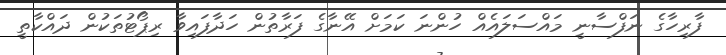
ފާރިހާގެ ނަފްސާނީ މައްސަލައެއް ހުންނަ ކަމަށް އޭނާގެ ފަރާތުން ހަދާފައިވާ ރިޕޯޓުތަކުން ދައްކާތީ